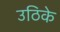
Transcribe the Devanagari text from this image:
उठिके